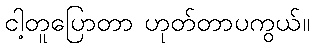
ငါ့တူပြောတာ ဟုတ်တာပကွယ်။